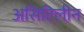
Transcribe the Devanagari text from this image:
असिटिलीन